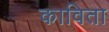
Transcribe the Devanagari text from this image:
काविता